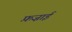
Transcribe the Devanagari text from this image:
फ़ज़ाई